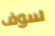
سوف